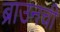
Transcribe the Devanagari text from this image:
ब्राउनची